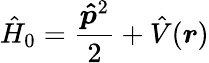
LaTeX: \hat{H}_{0}=\frac{\boldsymbol{\hat{p}}^{2}}{2}+\hat{V}(\boldsymbol{r})